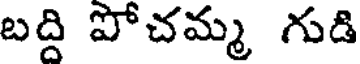
బద్ది పోచమ్మ గుడి